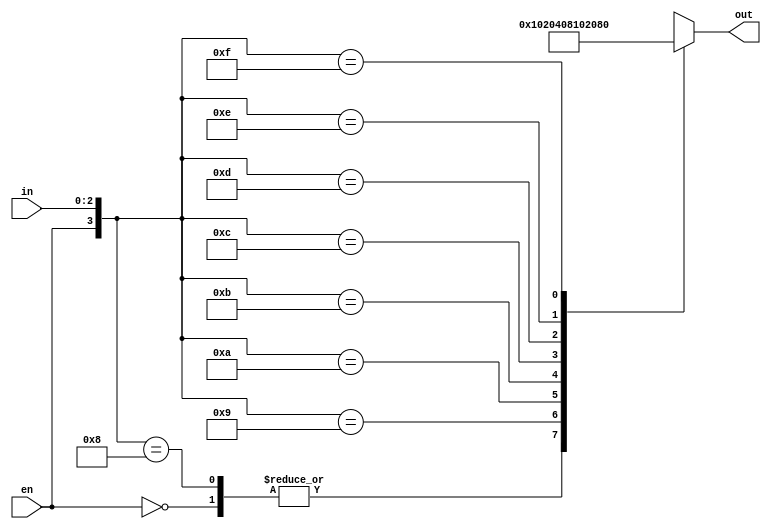
`timescale 1ns / 1ps
//////////////////////////////////////////////////////////////////////////////////
// Company: 
// Engineer: 
// 
// Design Name: 
// Module Name:    decoder_3to8 
// Project Name: 
// Target Devices: 
// Tool versions: 
// Description: 
//
// Dependencies: 
//
// Revision: 
// Revision 0.01 - File Created
// Additional Comments: 
//
//////////////////////////////////////////////////////////////////////////////////
module decoder_3to8(in,en,out);
	input [2:0]in;
	input en;
	output reg [7:0]out;
	
	always @(*)begin
		casex({en,in})
			4'b0xxx: out[7:0] = 8'b00000000;
			4'b1000: out[7:0] = 8'b00000000;
			4'b1001: out[7:0] = 8'b00000001;
			4'b1010: out[7:0] = 8'b00000010;
			4'b1011: out[7:0] = 8'b00000100;
			4'b1100: out[7:0] = 8'b00001000;
			4'b1101: out[7:0] = 8'b00010000;
			4'b1110: out[7:0] = 8'b00100000;
			4'b1101: out[7:0] = 8'b01000000;
			4'b1111: out[7:0] = 8'b10000000;
			default: out[7:0] = out[7:0];
		endcase
	end
endmodule